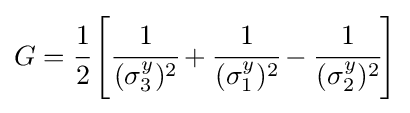
G={\cfrac {1}{2}}\left[{\cfrac {1}{(\sigma _{3}^{y})^{2}}}+{\cfrac {1}{(\sigma _{1}^{y})^{2}}}-{\cfrac {1}{(\sigma _{2}^{y})^{2}}}\right]